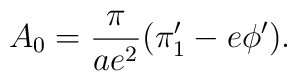
A_0  = {\pi\over ae^2}(\pi '_1 - e\phi ').